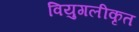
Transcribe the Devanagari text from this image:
वियुगलीकृत